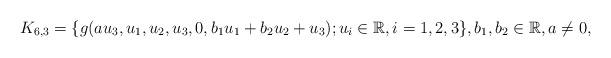
LaTeX: \begin{align*} K_{6,3}=\{g(au_3,u_1,u_2,u_3,0,b_1u_1+b_2u_2+u_3); u_i \in \mathbb R, i=1,2,3\}, b_1,b_2\in \mathbb R, a\neq 0 , \end{align*}